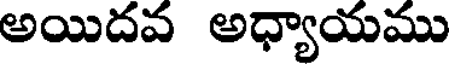
అయిదవ అధ్యాయము